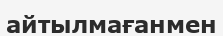
айтылмағанмен